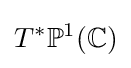
T^{*}\mathbb {P} ^{1}(\mathbb {C} )